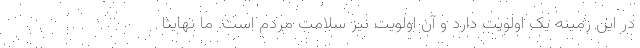
در این زمینه یک اولویت دارد و آن اولویت نیز سلامت مردم است. ما نهایتا